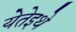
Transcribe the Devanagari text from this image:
येतेइथे